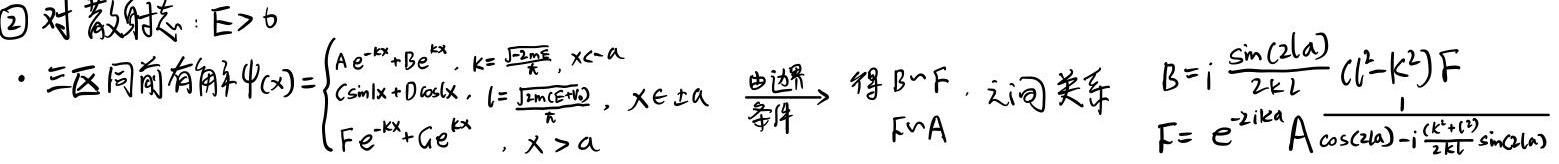
\textcircled{2} 对散射态：$E>0$
· 三区同前有解$\psi(x)=\begin{cases}Ae^{-kx}+Be^{kx},&k = \frac{\sqrt{2mE}}{\hbar},x < -a\\C\sin lx + D\cos lx,&l = \frac{\sqrt{2m(E + V_0)}}{\hbar},x\in[-a,a]\\Fe^{-kx}+Ge^{kx},&x > a\end{cases}$
由边界条件$\rightarrow$ 得$B\sim F$，之间关系$B = i\frac{\sin(2la)}{2kl}(l^2 - k^2)F$
$F\sim A$
$F = e^{-2ika}A\frac{1}{\cos(2la)-i\frac{(k^2 + l^2)}{2kl}\sin(2la)}$